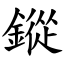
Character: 鏦